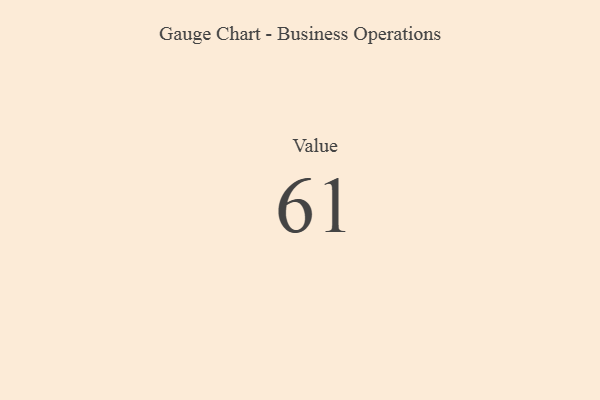
{"axis": {"x": "Metric", "y": "Value"}, "legend": [""], "data": [{"x": "Value", "y": 61, "type": ""}]}